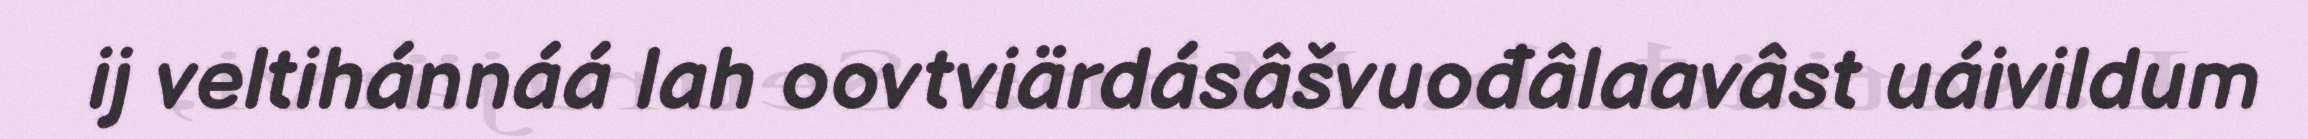
ij veltihánnáá lah oovtviärdásâšvuođâlaavâst uáivildum